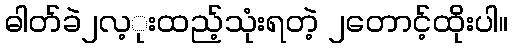
ဓါတ်ခဲ၂လ့ုးထည့်သုံးရတဲ့ ၂တောင့်ထိုးပါ။